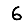
Digit: 6